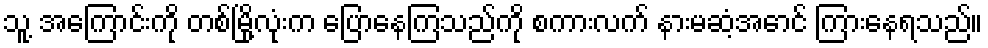
သူ့ အကြောင်းကို တစ်မြို့လုံးက ပြောနေကြသည်ကို စကားလက် နားမဆံ့အောင် ကြားနေရသည်။